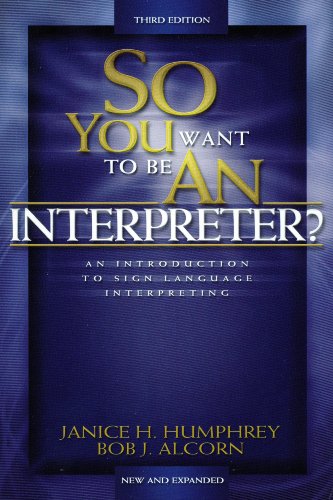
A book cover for So You Want to Be an Interpreter: An Introduction to Sign Language Interpreting; Jan Humphrey; Health, Fitness & Dieting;